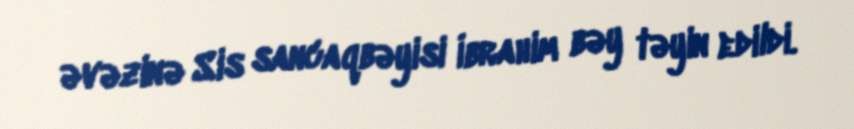
əvəzinə Sis sancaqbəyisi İbrahim bəy təyin edildi.